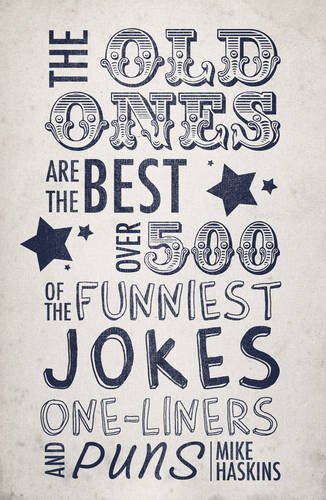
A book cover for The Old Ones Are the Best: Over 500 of the Funniest Jokes, One-liners and Puns; Mike Haskins; Humor & Entertainment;